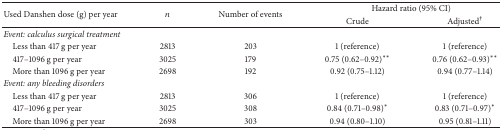
| <ROWSPAN=2> Used Danshen dose (g) per year | <ROWSPAN=2> n | <ROWSPAN=2> Number of events | <COLSPAN=2> Hazard ratio (95% CI) |
 | Crude | Adjusted† |
 | --- | --- | --- | --- | --- |
 | Event: calculus surgical treatment |  |  |  |  |
 | Less than 417 g per year | 2813 | 203 | 1 (reference) | 1 (reference) |
 | 417–1096 g per year | 3025 | 179 | 0.75 (0.62–0.92)∗∗ | 0.76 (0.62–0.93)∗∗ |
 | More than 1096 g per year | 2698 | 192 | 0.92 (0.75–1.12) | 0.94 (0.77–1.14) |
 | Event: any bleeding disorders |  |  |  |  |
 | Less than 417 g per year | 2813 | 306 | 1 (reference) | 1 (reference) |
 | 417–1096 g per year | 3025 | 308 | 0.84 (0.71–0.98)∗ | 0.83 (0.71–0.97)∗ |
 | More than 1096 g per year | 2698 | 303 | 0.94 (0.80–1.10) | 0.95 (0.81–1.11) |